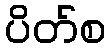
ပိတ်စ